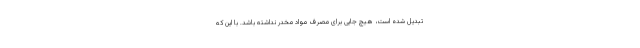
تبدیل شده است، هیچ جایی برای مصرف مواد مخدر نداشته باشد. با این که